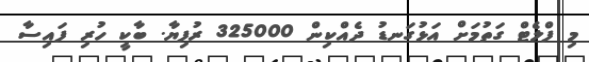
މި ފްލެޓް ގަތުމަށް އަޅުގަނޑު ދެއްކިން 325000 ރުފިޔާ. ބާކީ ހުރި ފައިސާ